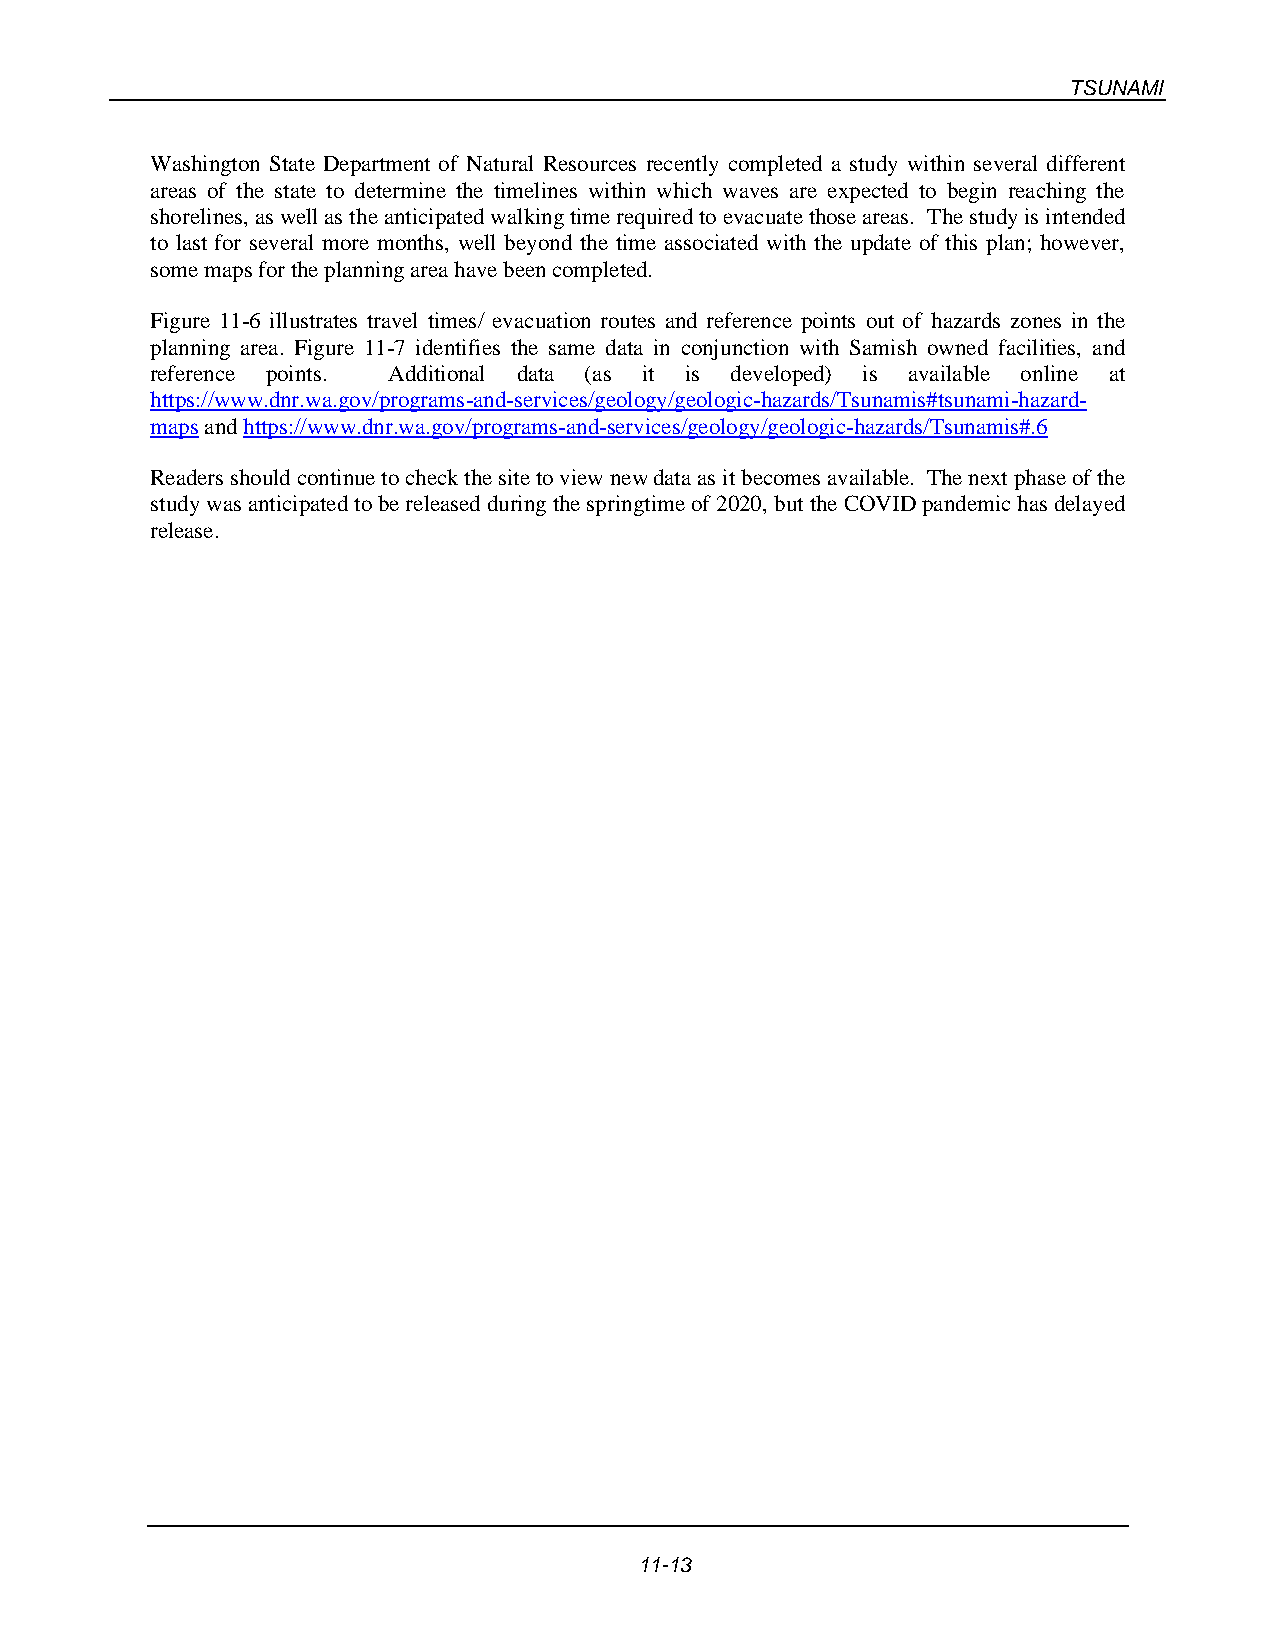
TSUNAMI
 Washington State Department of Natural Resources recently completed a study within several different
 areas of the state to determine the timelines within which waves are expected to begin reaching the
 shorelines, as well as the anticipated walking time required to evacuate those areas. The study is intended
 to last for several more months, well beyond the time associated with the update of this plan; however,
 some maps for the planning area have been completed.
 Figure 11-6 illustrates travel times/ evacuation routes and reference points out of hazards zones in the
 planning area. Figure 11-7 identifies the same data in conjunction with Samish owned facilities, and
 reference points. Additional data (as it is developed) is available online at
 https://www.dnr.wa.gov/programs-and-services/geology/geologic-hazards/Tsunamis#tsunami-hazard-
 maps and https://www.dnr.wa.gov/programs-and-services/geology/geologic-hazards/Tsunamis#.6
 Readers should continue to check the site to view new data as it becomes available. The next phase of the
 study was anticipated to be released during the springtime of 2020, but the COVID pandemic has delayed
 release.
 11-13